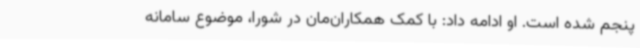
پنجم شده است. او ادامه داد: با کمک همکاران‌مان در شورا، موضوع سامانه